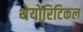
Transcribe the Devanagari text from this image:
थेयोरिटिकल